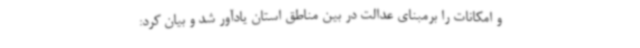
و امکانات را برمبنای عدالت در بین مناطق استان یادآور شد و بیان کرد: